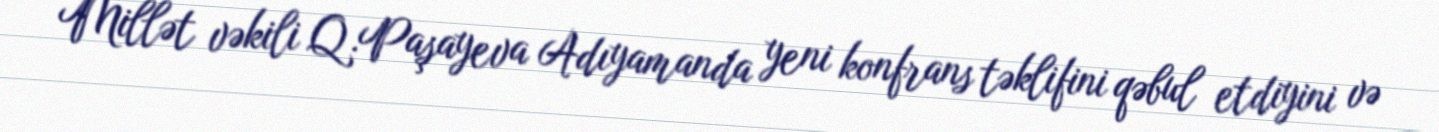
Millət vəkili Q.Paşayeva Adıyamanda yeni konfrans təklifini qəbul etdiyini və